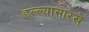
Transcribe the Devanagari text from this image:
हल्ल्यासारखे